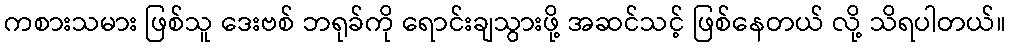
ကစားသမား ဖြစ်သူ ဒေးဗစ် ဘရုခ်ကို ရောင်းချသွားဖို့ အဆင်သင့် ဖြစ်နေတယ် လို့ သိရပါတယ်။